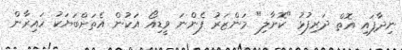
ނިދާފައި އޮތް ދަރިފުޅު "ކޮށާލި" މަންޒަރު ފެންނަ ވީޑިއޯ އަކުން އެތަށްބަޔަކު ހައިރާން